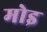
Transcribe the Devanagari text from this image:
मोइ